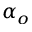
\alpha _ { o }